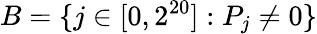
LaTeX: B=\{ j\in[0,2^{20}]:P_{j}\neq 0\}